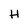
Character: H